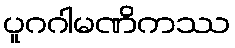
ပူဂဂါမဏိကဿ